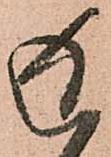
返